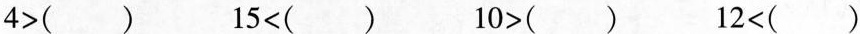
4>()15<()10>()12<()